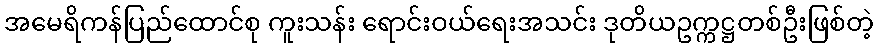
အမေရိကန်ပြည်ထောင်စု ကူးသန်း ရောင်းဝယ်ရေးအသင်း ဒုတိယဥက္ကဋ္ဌတစ်ဦးဖြစ်တဲ့